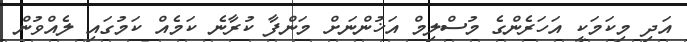
އަދި މިކަމަކީ އަހަރެންގެ މުސްލިމް އަޚުންނަށް މަންފާ ކުރާނެ ކަމެއް ކަމުގައި ލެއްވުން